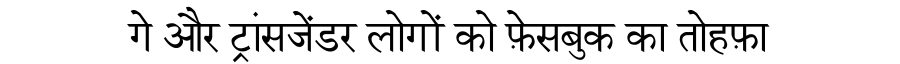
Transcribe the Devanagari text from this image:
गे और ट्रांसजेंडर लोगों को फ़ेसबुक का तोहफ़ा